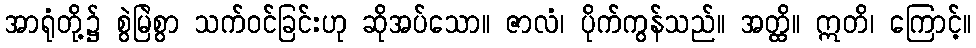
အာရုံတို့၌ စွဲမြဲစွာ သက်ဝင်ခြင်းဟု ဆိုအပ်သော။ ဇာလံ၊ ပိုက်ကွန်သည်။ အတ္ထိ။ ဣတိ၊ ကြောင့်။